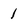
Character: 1